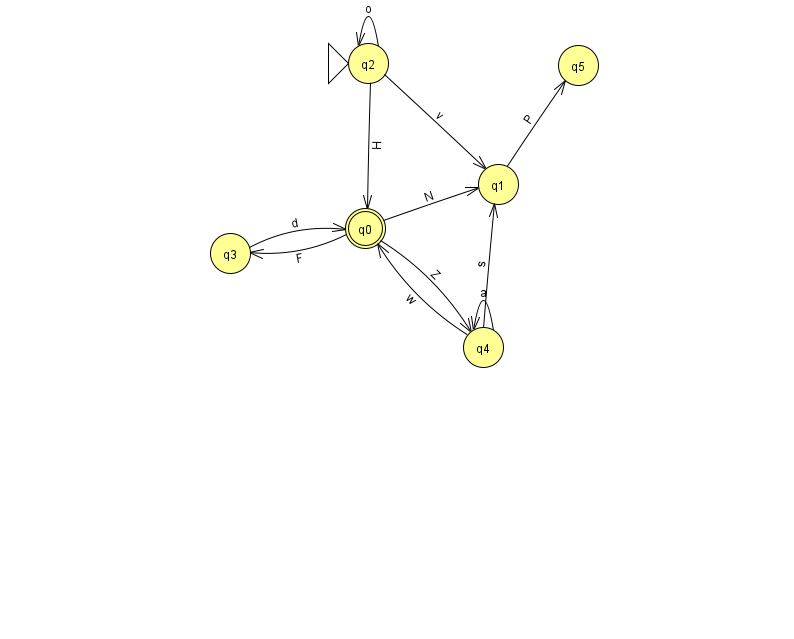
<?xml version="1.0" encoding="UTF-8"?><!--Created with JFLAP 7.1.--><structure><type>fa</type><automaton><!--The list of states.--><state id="0" name="q0"><x>365.0</x><y>215.0</y><final/></state><state id="1" name="q1"><x>498.0</x><y>171.0</y></state><state id="2" name="q2"><x>368.0</x><y>50.0</y><initial/></state><state id="3" name="q3"><x>230.0</x><y>240.0</y></state><state id="4" name="q4"><x>483.0</x><y>334.0</y></state><state id="5" name="q5"><x>578.0</x><y>52.0</y></state><!--The list of transitions.--><transition><from>1</from><to>5</to><read>P</read></transition><transition><from>4</from><to>4</to><read>a</read></transition><transition><from>4</from><to>0</to><read>w</read></transition><transition><from>0</from><to>3</to><read>F</read></transition><transition><from>3</from><to>0</to><read>d</read></transition><transition><from>0</from><to>1</to><read>N</read></transition><transition><from>2</from><to>1</to><read>v</read></transition><transition><from>0</from><to>4</to><read>Z</read></transition><transition><from>2</from><to>0</to><read>H</read></transition><transition><from>4</from><to>1</to><read>s</read></transition><transition><from>2</from><to>2</to><read>o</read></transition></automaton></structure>